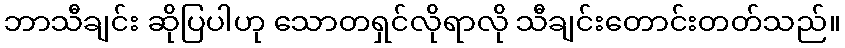
ဘာသီချင်း ဆိုပြပါဟု သောတရှင်လိုရာလို သီချင်းတောင်းတတ်သည်။